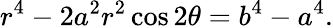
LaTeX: r^{4}-2a^{2}r^{2}\cos 2\theta=b^{4}-a^{4}.